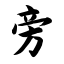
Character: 旁